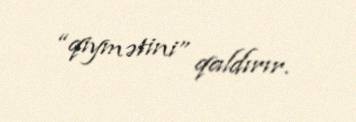
“qiymətini” qaldırır.